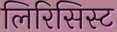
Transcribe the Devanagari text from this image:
लिरिसिस्ट